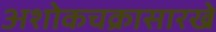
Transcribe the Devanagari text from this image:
अशोकचक्रासारखे